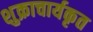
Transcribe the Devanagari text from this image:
शुक्राचार्यकृत